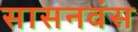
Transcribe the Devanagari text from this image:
सासनवंस